Annual report on the working of the Harcourt Butler Institute of Public Health, Rangoon
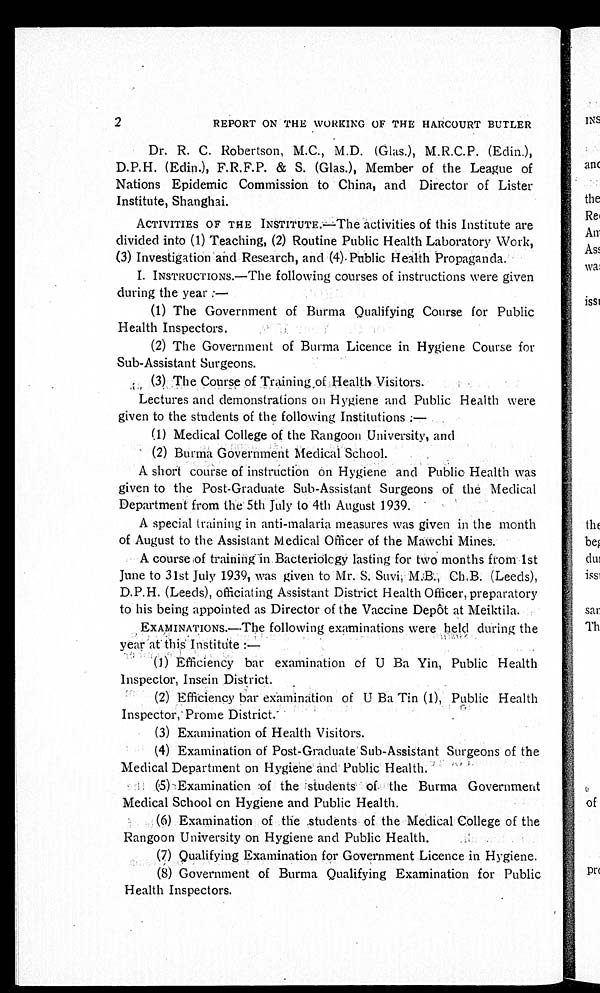
2
REPORT ON THE WORKING OF THE HARCOURT BUTLER
Dr. R. C. Robertson, M.C., M.D. (Glas.), M.R.C.P. (Edin.),
D.P.H. (Edin.), F.R.F.P. & S. (Glas.), Member of the League of
Nations Epidemic Commission to China, and Director of Lister
Institute, Shanghai.
ACTIVITIES OF THE INSTITUTE.—The activities of this Institute are
divided into (1) Teaching, (2) Routine Public Health Laboratory Work,
(3) Investigation and Research, and (4) Public Health Propaganda.
I. INSTRUCTIONS.—The following courses of instructions were given
during the year:
—
(1) The Government of Burma Qualifying Course for Public
Health Inspectors.
(2) The Government of Burma Licence in Hygiene Course for
Sub-Assistant Surgeons.
(3) The Course of Training of Health Visitors.
Lectures and demonstrations on Hygiene and Public Health were
given to the students of the following Institutions:—
(1) Medical College of the Rangoon University, and
(2) Burma Government Medical School.
A short course of instruction on Hygiene and Public Health was
given to the Post-Graduate Sub-Assistant Surgeons of the Medical
Department from the 5th July to 4th August 1939.
A special training in anti-malaria measures was given in the month
of August to the Assistant Medical Officer of the Mawchi Mines.
A course of training in Bacteriology lasting for two months from 1st
June to 31st July 1939, was given to Mr. S. Suvi, M.B., Ch.B. (Leeds),
D.P.H. (Leeds), officiating Assistant District Health Officer, preparatory
to his being appointed as Director of the Vaccine Depôt at Meiktila.
EXAMINATIONS.—The following examinations were held during the
year at this Institute:—
(1) Efficiency bar examination of U Ba Yin, Public Health
Inspector, Insein District.
(2) Efficiency bar examination of U Ba Tin (1), Public Health
Inspector, Prome District.
(3) Examination of Health Visitors.
(4) Examination of Post-Graduate Sub-Assistant Surgeons of the
Medical Department on Hygiene and Public Health.
(5) Examination of the students of the Burma Government
Medical School on Hygiene and Public Health.
(6) Examination of the students of the Medical College of the
Rangoon University on Hygiene and Public Health
.
(7)
Qualifying Examination for Government Licence in Hygiene.
(8) Government of Burma Qualifying Examination for Public
Health Inspectors.